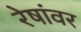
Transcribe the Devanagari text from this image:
रेषांवर